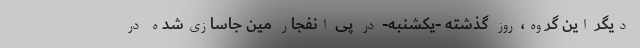
دیگر این گروه، روز گذشته -یکشنبه- ‌در پی انفجار مین‌ جاسازی‌شده در